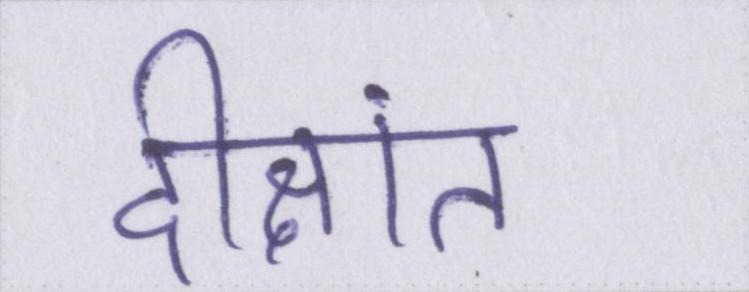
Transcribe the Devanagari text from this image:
दीक्षांत